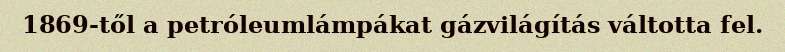
1869-től a petróleumlámpákat gázvilágítás váltotta fel.